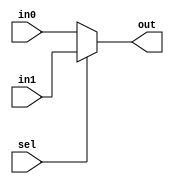

module mux_2line_8bit(
    input [7:0] in0,
    input [7:0] in1,
    input sel,
    output [7:0] out
);
    assign out = sel ? in1 : in0;
endmodule